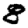
Digit: 8